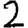
Digit: 2